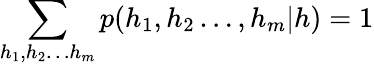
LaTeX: \sum_{h_{1},h_{2}\ldots h_{m}}p(h_{1},h_{2}\ldots,h_{m}|h)=1